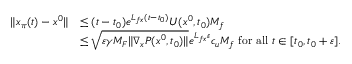
\begin{array} { r l } { \| x _ { \pi } ( t ) - x ^ { 0 } \| } & { \le ( t - t _ { 0 } ) e ^ { L _ { f x } ( t - t _ { 0 } ) } U ( x ^ { 0 } , t _ { 0 } ) M _ { f } } \\ & { \le \sqrt { \varepsilon \gamma { M _ { F } } \| \nabla _ { x } P ( x ^ { 0 } , t _ { 0 } ) \| } e ^ { L _ { f x } \varepsilon } c _ { u } M _ { f } \mathrm { ~ f o r ~ a l l ~ } t \in [ t _ { 0 } , t _ { 0 } + \varepsilon ] . } \end{array}